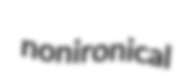
nonironical